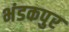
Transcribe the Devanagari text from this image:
भंडकपुर